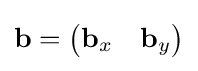
\mathbf {b} ={\begin{pmatrix}\mathbf {b} _{x}&\mathbf {b} _{y}\end{pmatrix}}